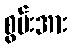
စွမ်းအား